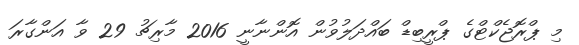
މި ޕްރޮޖެކްޓްގެ ޕްރީބިޑް ބައްދަލުވުން އޮންނާނީ 2016 މާރިޗު 29 ވާ އަންގާރަ